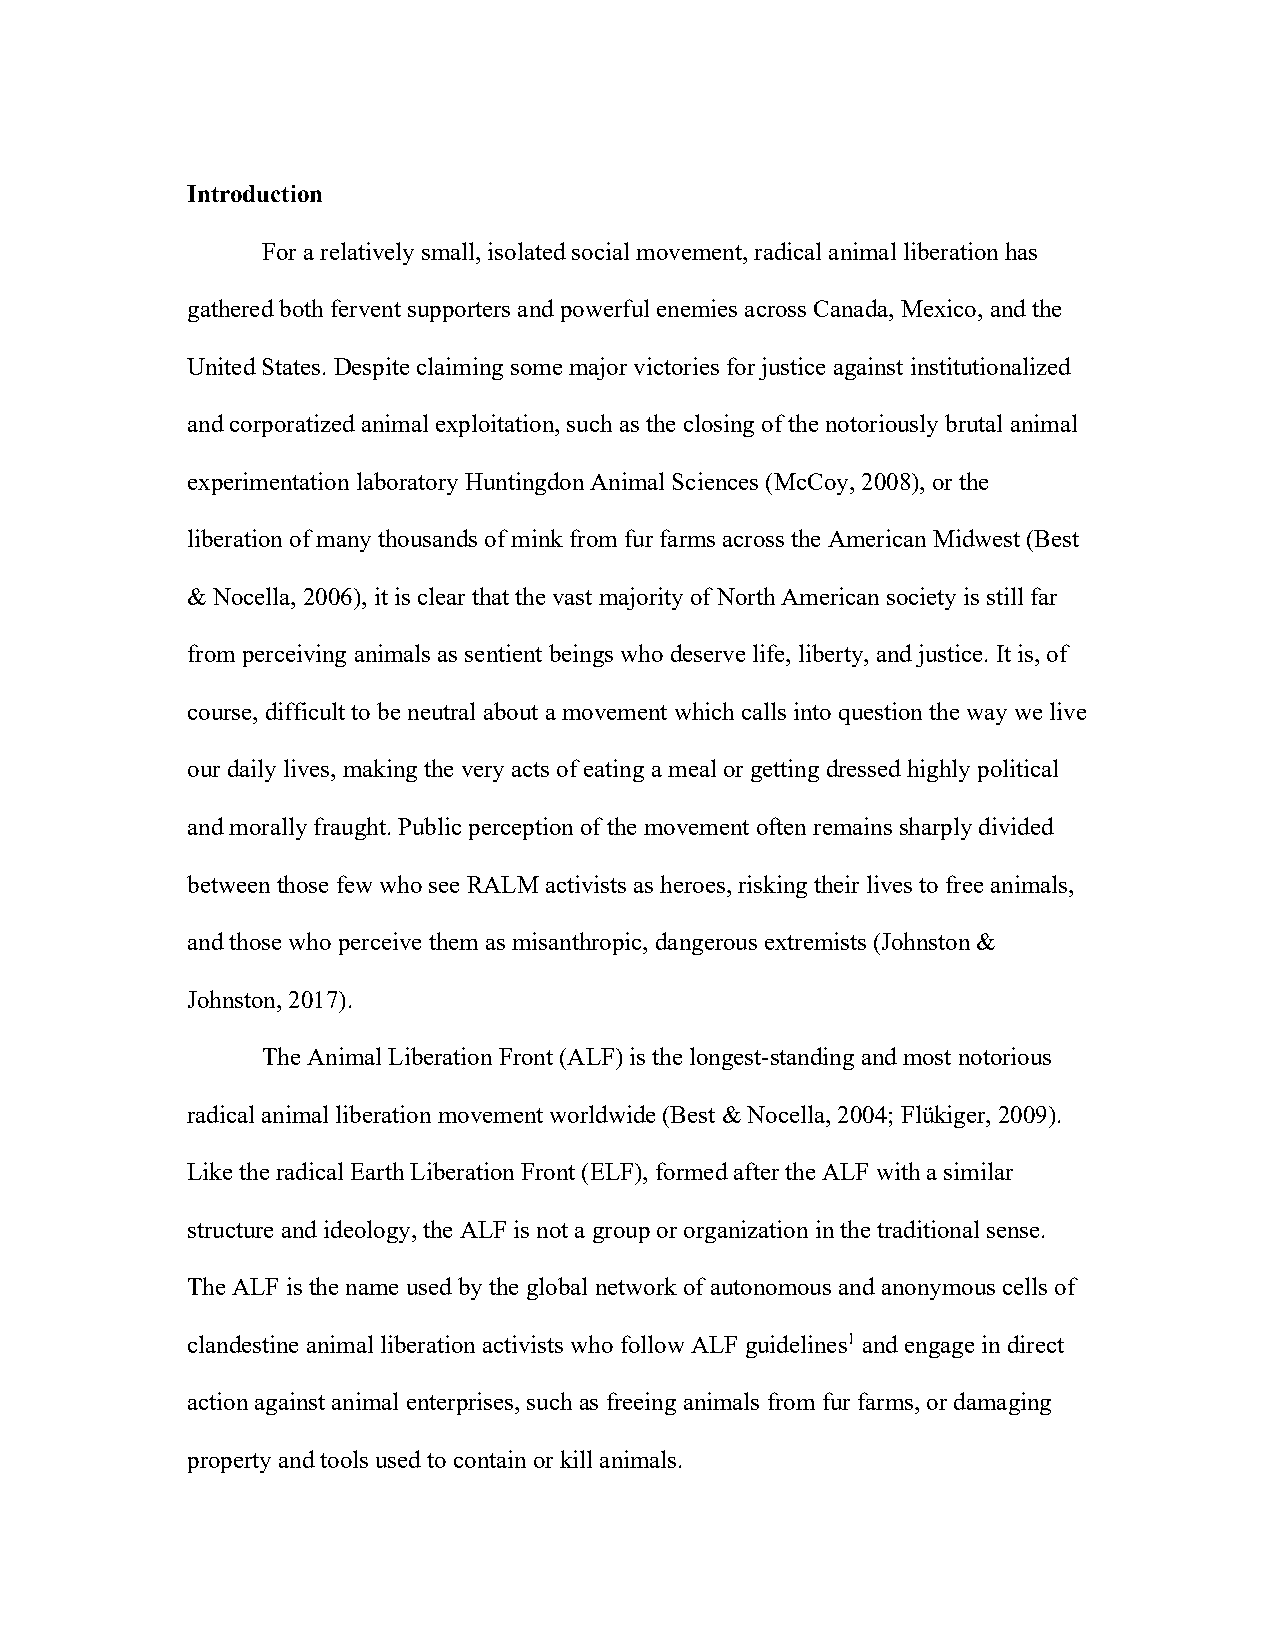
Introduction
 For a relatively small, isolated social movement, radical animal liberation has
 gathered both fervent supporters and powerful enemies across Canada, Mexico, and the
 United States. Despite claiming some major victories for justice against institutionalized
 and corporatized animal exploitation, such as the closing of the notoriously brutal animal
 experimentation laboratory Huntingdon Animal Sciences (McCoy, 2008), or the
 liberation of many thousands of mink from fur farms across the American Midwest (Best
 & Nocella, 2006), it is clear that the vast majority of North American society is still far
 from perceiving animals as sentient beings who deserve life, liberty, and justice. It is, of
 course, difficult to be neutral about a movement which calls into question the way we live
 our daily lives, making the very acts of eating a meal or getting dressed highly political
 and morally fraught. Public perception of the movement often remains sharply divided
 between those few who see RALM activists as heroes, risking their lives to free animals,
 and those who perceive them as misanthropic, dangerous extremists (Johnston &
 Johnston, 2017).
 The Animal Liberation Front (ALF) is the longest-standing and most notorious
 radical animal liberation movement worldwide (Best & Nocella, 2004; Flükiger, 2009).
 Like the radical Earth Liberation Front (ELF), formed after the ALF with a similar
 structure and ideology, the ALF is not a group or organization in the traditional sense.
 The ALF is the name used by the global network of autonomous and anonymous cells of
 clandestine animal liberation activists who follow ALF guidelines1 and engage in direct
 action against animal enterprises, such as freeing animals from fur farms, or damaging
 property and tools used to contain or kill animals.